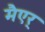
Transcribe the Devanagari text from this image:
मैएर्